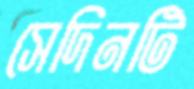
সেদিনটি